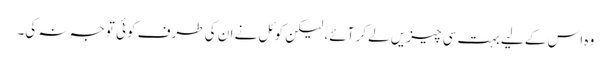
وہ اس کے لیے بہت سی چیزیں لے کر آئے، لیکن کوئل نے ان کی طرف کوئی توجہ نہ کی۔